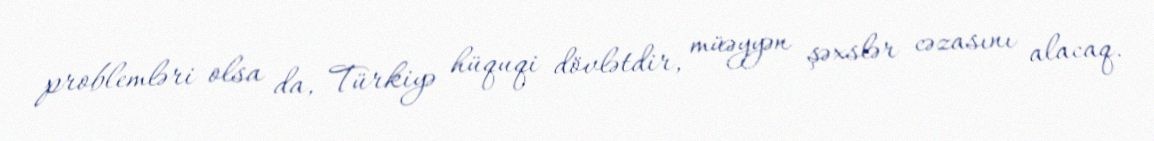
problemləri olsa da, Türkiyə hüquqi dövlətdir, müəyyən şəxslər cəzasını alacaq.